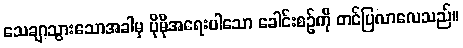
သေချာသွားသောအခါမှ ပိုမိုအရေးပါသော ခေါင်းစဉ်ကို တင်ပြလာလေသည်။